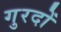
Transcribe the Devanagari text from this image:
गुरदों